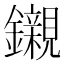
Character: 𨯦